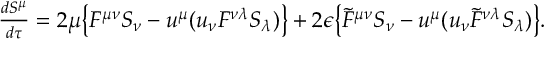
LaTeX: \begin{array} { c } { { { \frac { d S ^ { \mu } } { d \tau } } = 2 \mu \big \{ F ^ { \mu \nu } S _ { \nu } - u ^ { \mu } ( u _ { \nu } F ^ { \nu \lambda } S _ { \lambda } ) \big \} + 2 \epsilon \big \{ { \tilde { F } } ^ { \mu \nu } S _ { \nu } - u ^ { \mu } ( u _ { \nu } { \tilde { F } } ^ { \nu \lambda } S _ { \lambda } ) \big \} . } } \end{array}